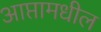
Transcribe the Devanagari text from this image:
आप्तामधील